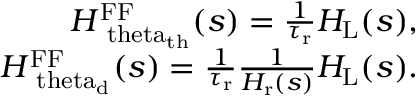
\begin{array} { r } { H _ { \mathrm { \ t h e t a _ { \mathrm { t h } } } } ^ { \mathrm { F F } } ( s ) = \frac { 1 } { \tau _ { \mathrm { r } } } H _ { \mathrm { L } } ( s ) , } \\ { H _ { \mathrm { \ t h e t a _ { \mathrm { d } } } } ^ { \mathrm { F F } } ( s ) = \frac { 1 } { \tau _ { \mathrm { r } } } \frac { 1 } { H _ { \mathrm { r } } ( s ) } H _ { \mathrm { L } } ( s ) . } \end{array}